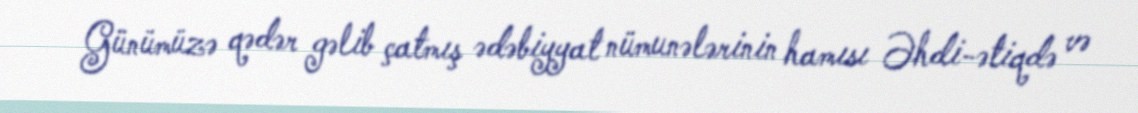
Günümüzə qədər gəlib çatmış ədəbiyyat nümunələrinin hamısı Əhdi-ətiqdə və